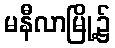
မနီလာမြို့၌